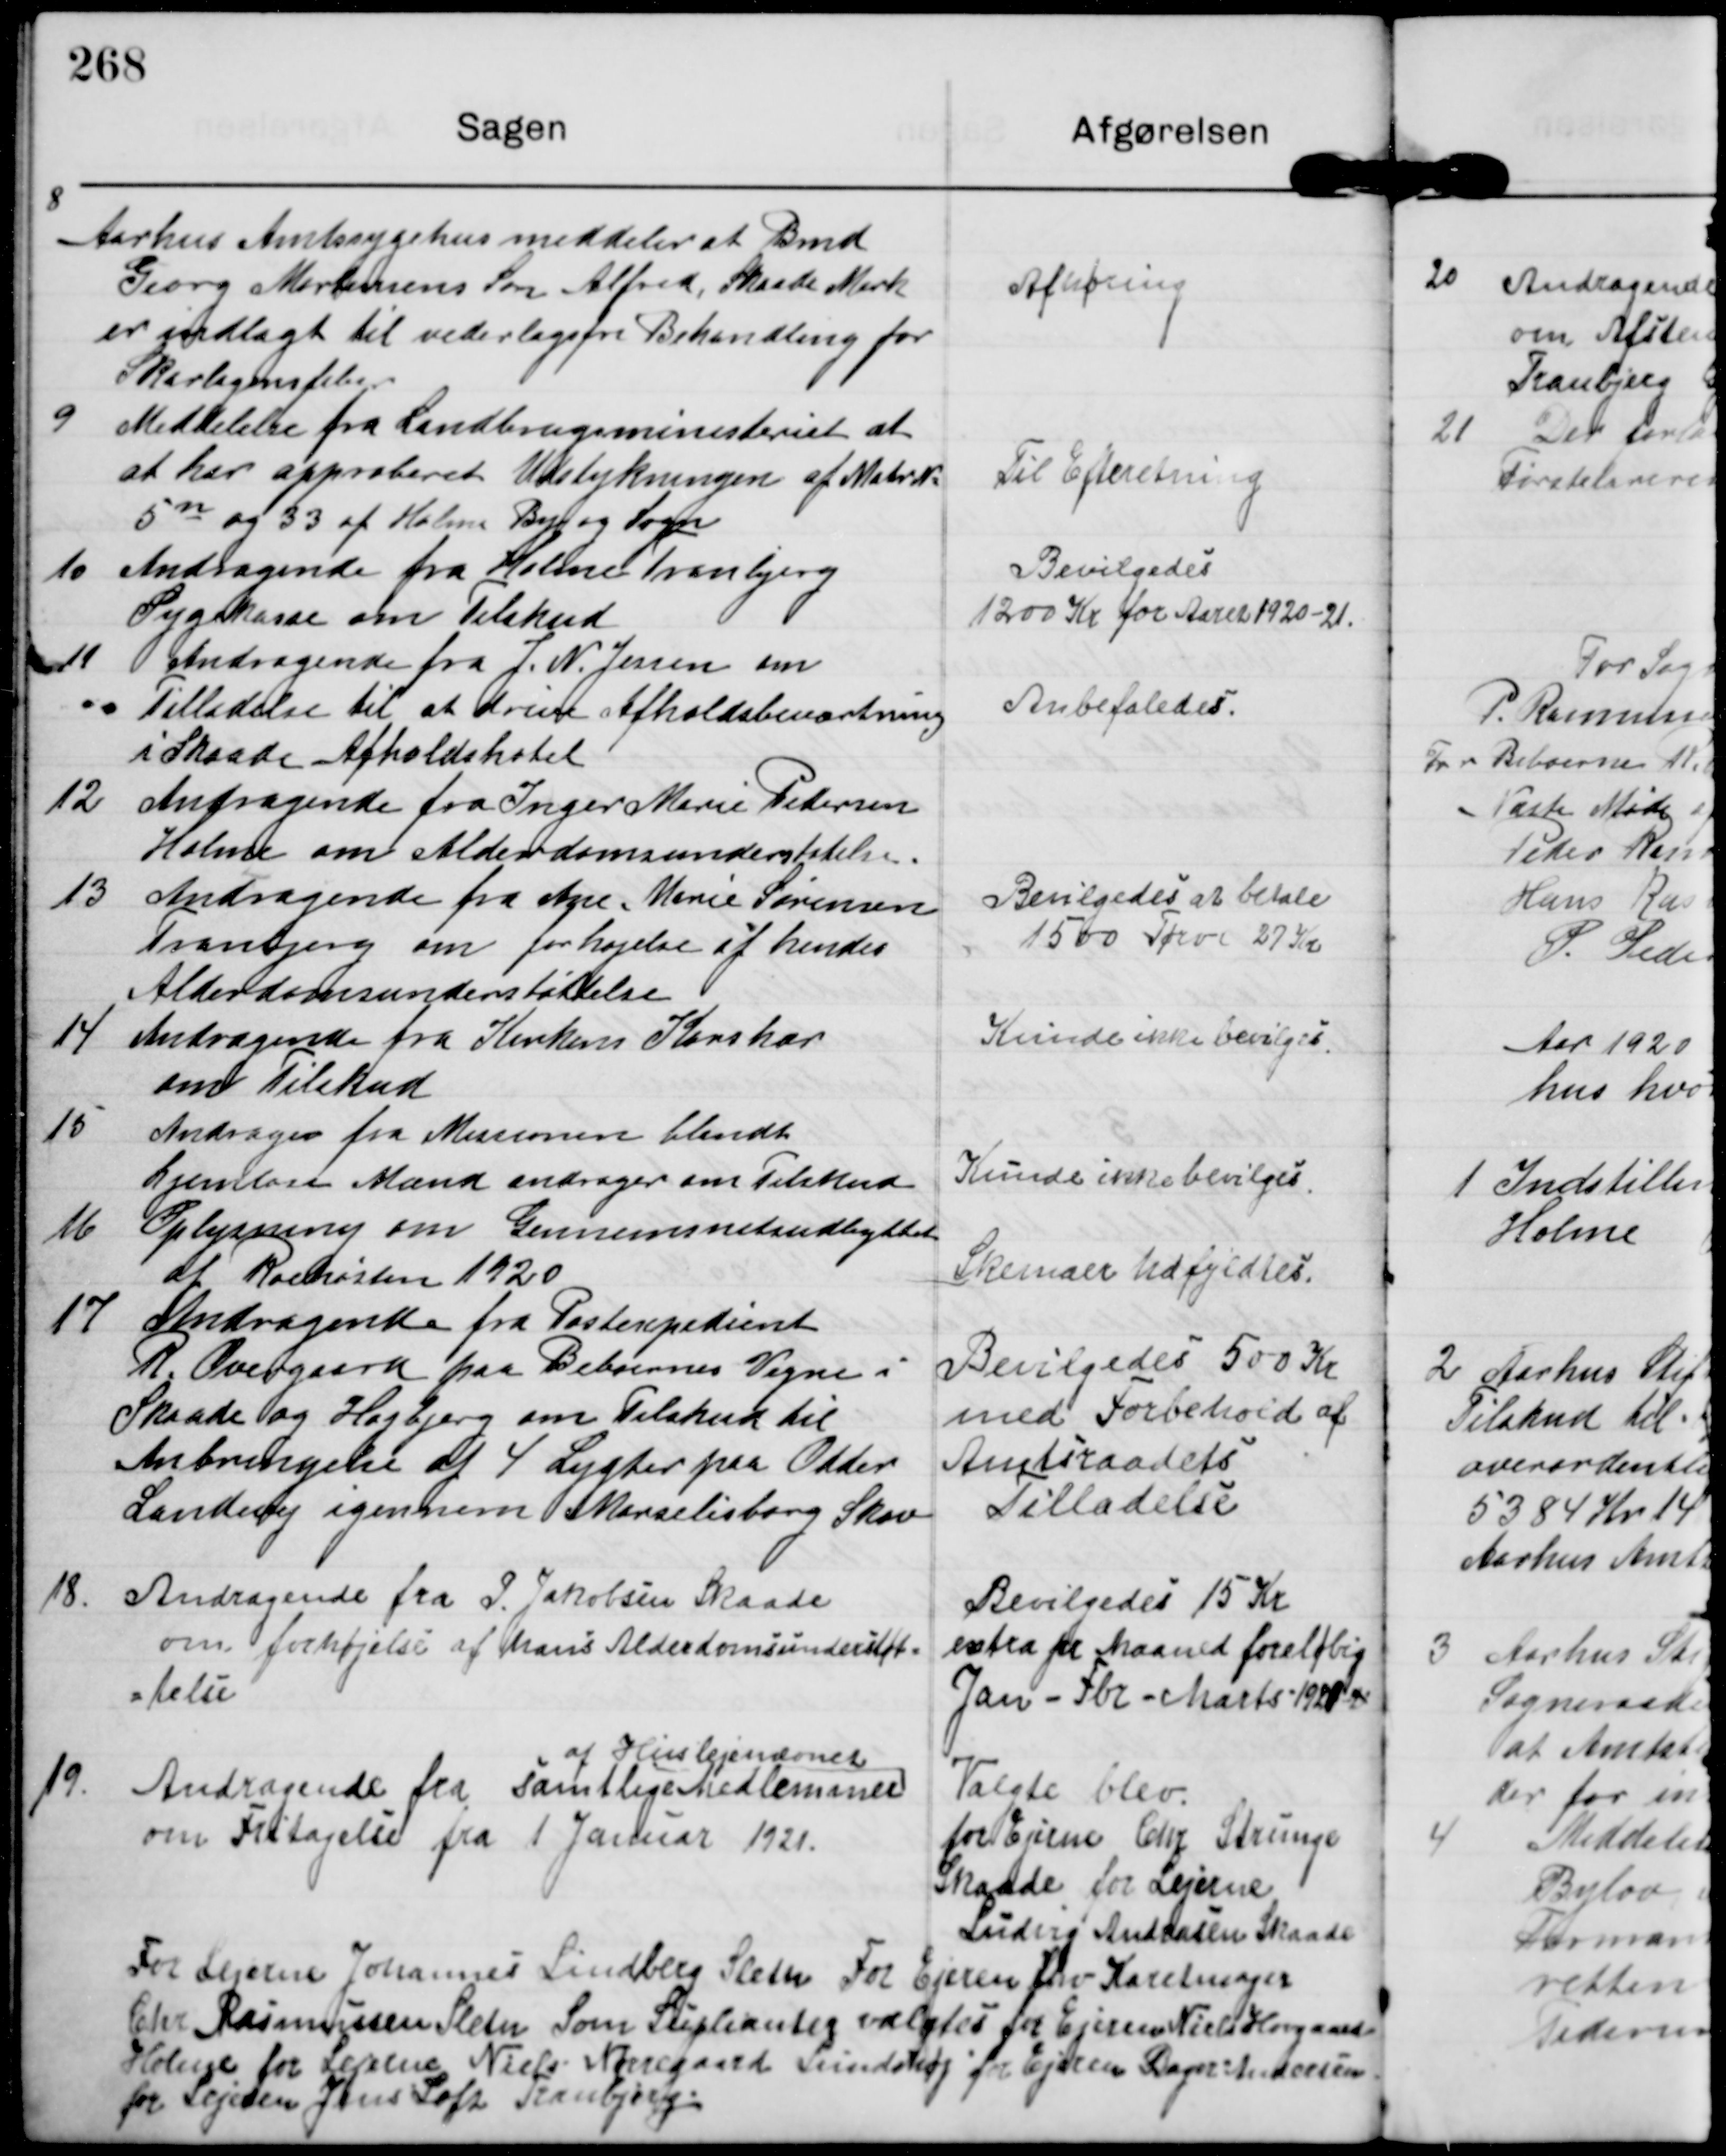
Transskription:
8

Aarhus Amtssygehus meddeler at Bmd
Georg Mortensens Søn Alfred, Skaade Mark
er indlagt til vederlagsfri Behandling for
Skarlagensfeber

Afhøring

9

Meddelelse fra Landbrugsministeriet at
at har approberet Udstykningen af MatrN.
5n og 33 af Holme By og Sogn

Til Efteretning.

10

Andragende fra Holme Tranbjerg
Sygekasse om Tilskud

Bevilgedes
1200 Kr for Aaret 1920-21.

11

Andragende fra J. N. Jessen om
Tilladelse til at drive Afholdsbeværtning
i Skaade Afholdshotel

Anbefaledes

12.

Andragende fra Inger Marie Pedersen
Holme om Alderdomsunderstøtelse.

13

Andragende fra Ane Marie Sørensen
Tranbjerg om forhøjelse af hendes
Alderdomsunderstøttelse

Bevilgedes at betale
1500 Tørv 27 Kr.

14

Andragende fra Kirkens Korshær
om Tilskud

Kunde ikke bevilges

15

Andrager fra Missionen blandt
hjemløse Mænd andrager om Tilskud

Kunde ikke bevilges.

16

Oplysning om Gennemsnitsudbyttet
af Roehøsten 1920

Skemaer Udfyldtes.

17

Andragende fra Postexpedient
R Overgaard paa Beboernes Vegne i
Skaade og Højbjerg om Tilskud til
Anbringelse at 4 Lygter paa Odder
Landevej igennem Marselisborg Skov

Bevilgedes 500 Kr
med Forbehold af
Amtsraadets
Tilladelse

18

Andragende fra I. Jakobsen Skaade
om forhøjelse af hans Alderdomsunderstøt-
telse

Bevilgedes 15 Kr
extra pr Maaned foreløbig
Jan-Fbr-Marts 1921 -2

19

Andragende fra samtlige Medlemmer
af Huslejenævnet
om Fritagelse fra 1 Januar 1921.

Valgte blev
for Ejerne Chr Strunge
Skaade for Lejerne
Ludvig Andreasen Skaade

For Lejerne Johannes Lindberg Sleth For Ejeren fhv Karetmager
Chr Rasmussen Sleth Som Supleant valgtes for Ejerne Niels Hovgaard
Holme for Lejerne Niels Nørregaard Lundshøj for Ejerne Bager Andersen
for Lejeren Jens Loft Tranbjerg.